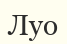
Луо